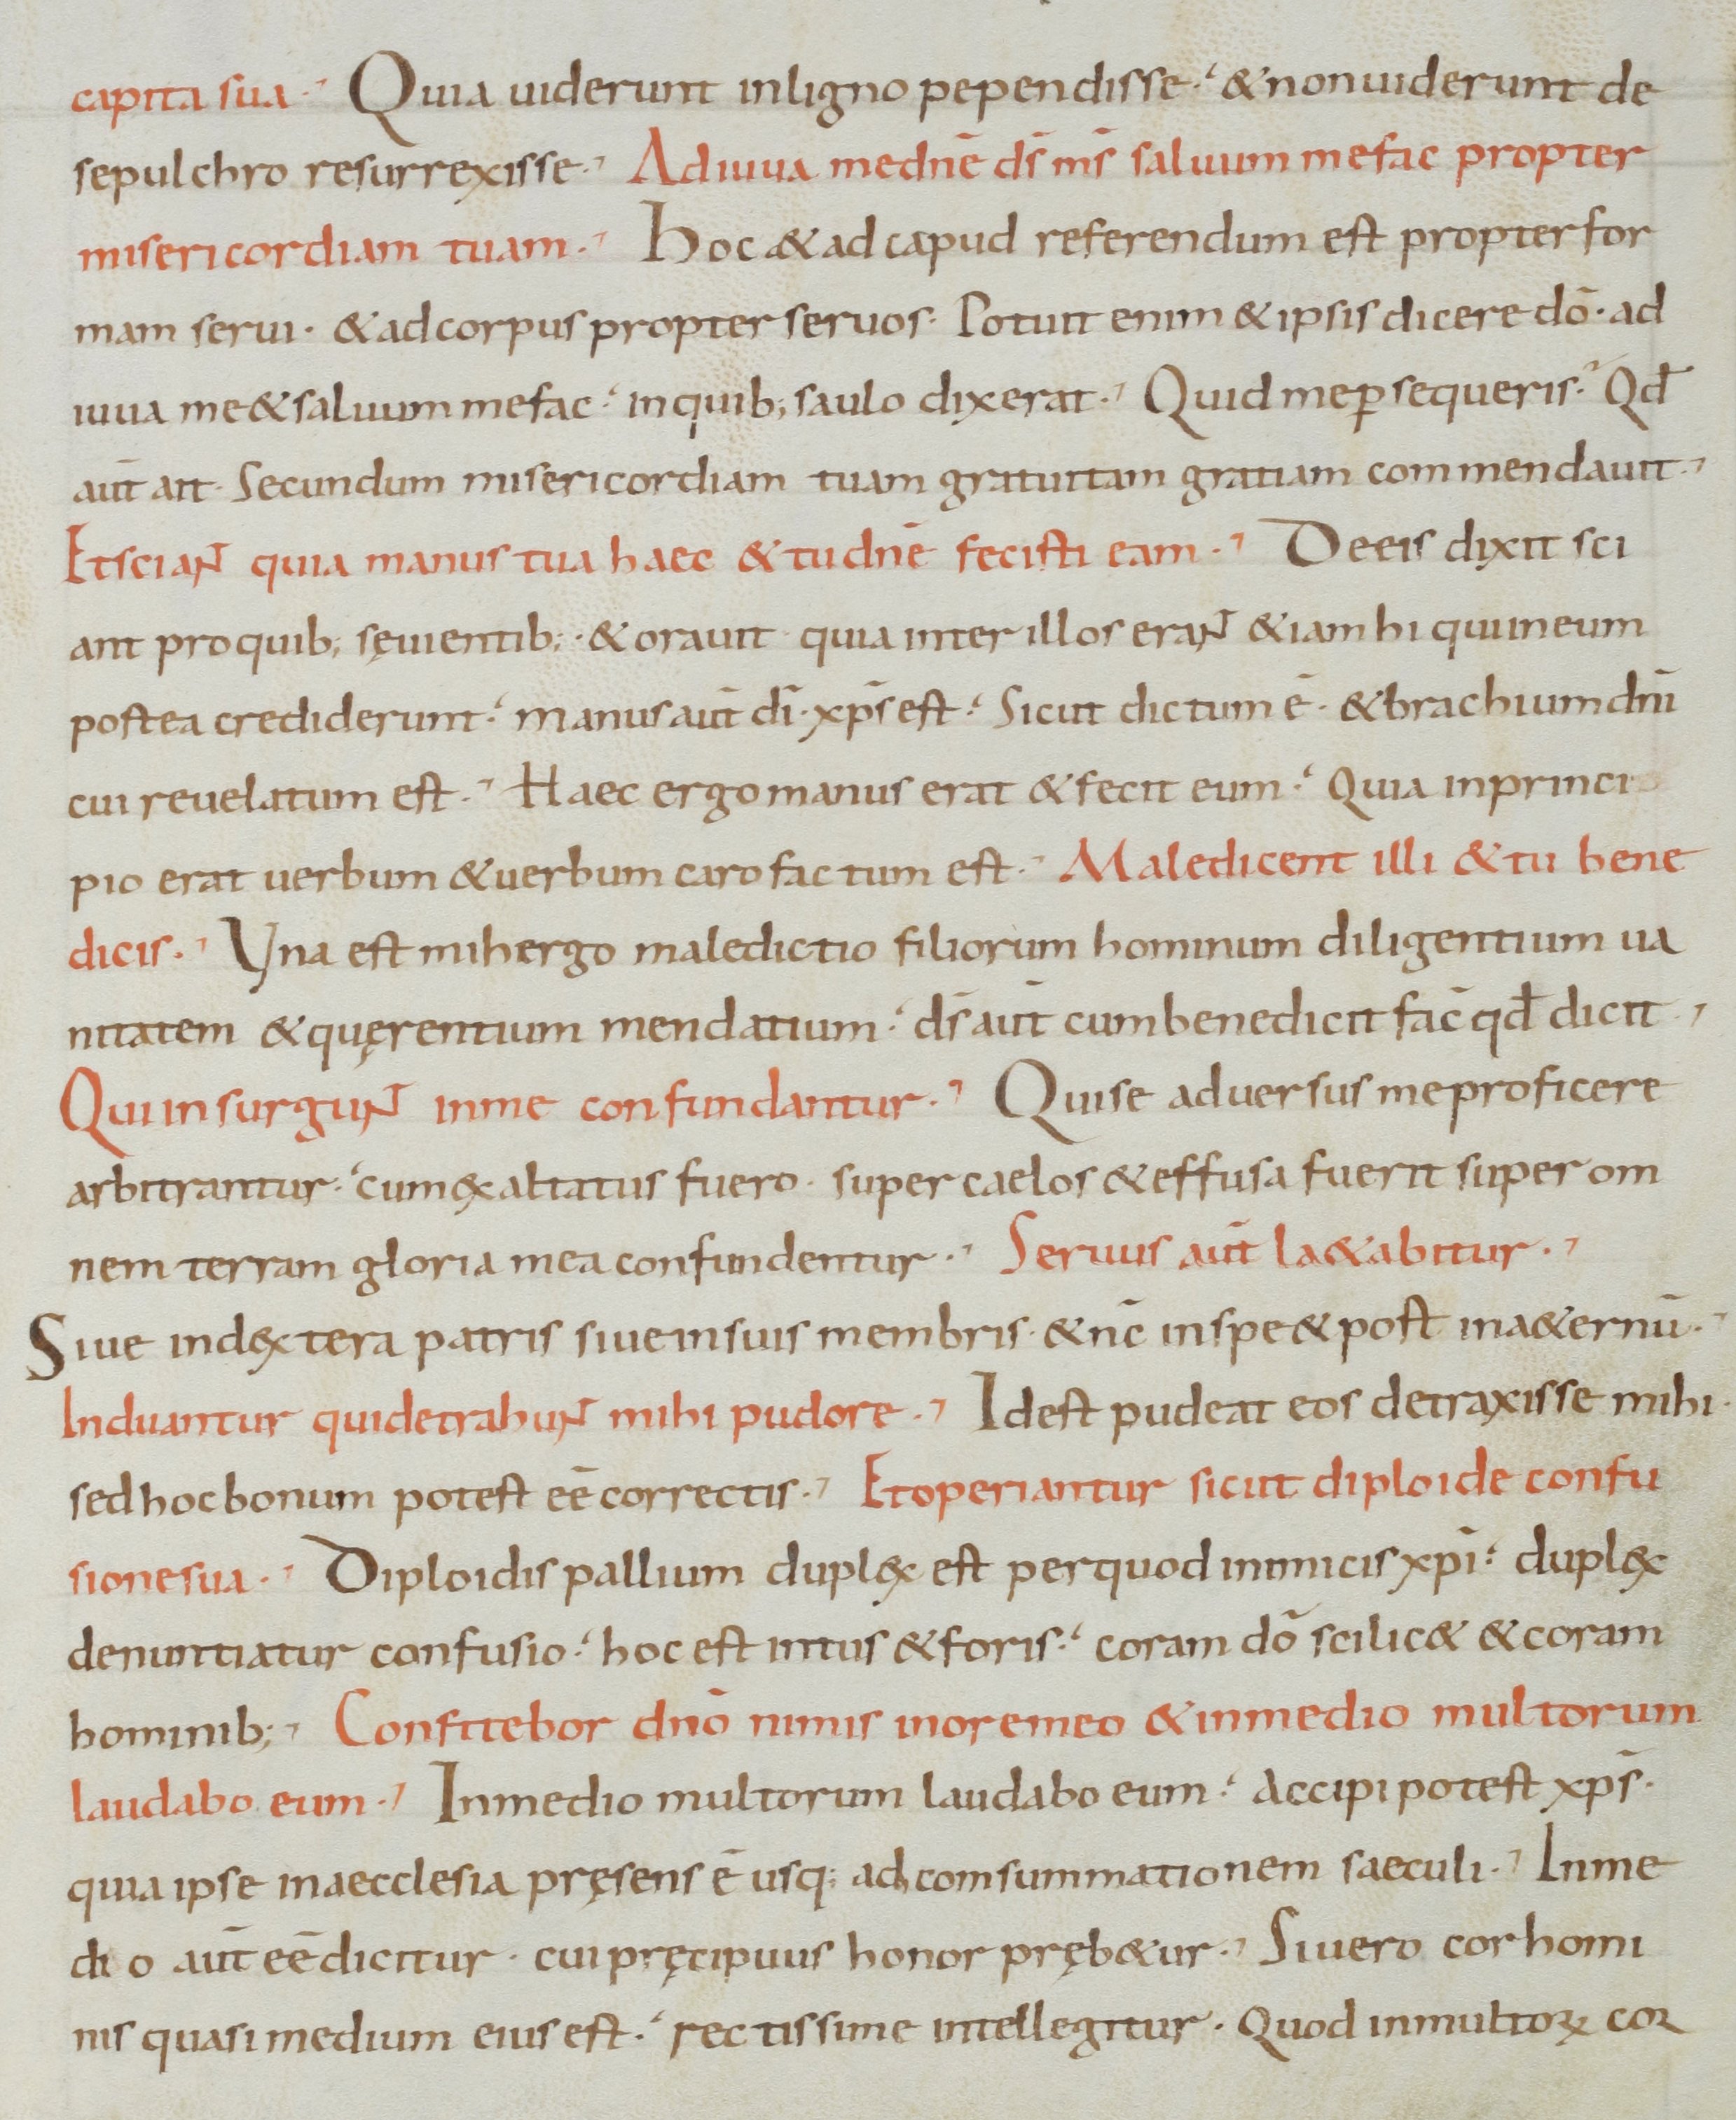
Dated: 900–1099